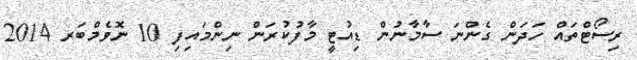
ރިސޯޓްތައް ހަދަން ގެންނަ ސާމާނުން ޑިއުޓީ މާފުކުރަން ނިންމައިފި 10 ނޮވެމްބަރ 2014